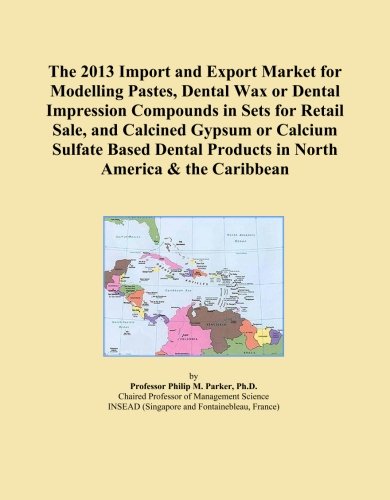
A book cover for The 2013 Import and Export Market for Modelling Pastes, Dental Wax or Dental Impression Compounds in Sets for Retail Sale, and Calcined Gypsum or ... Products in North America & the Caribbean; Icon Group International; Medical Books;